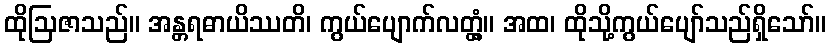
ထိုဩဇာသည်။ အန္တရဓာယိဿတိ၊ ကွယ်ပျောက်လတ္တံ့။ အထ၊ ထိုသို့ကွယ်ပျော်သည်ရှိသော်။